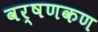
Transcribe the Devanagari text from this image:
वर्षणकण